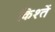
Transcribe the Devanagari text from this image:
किश्तें